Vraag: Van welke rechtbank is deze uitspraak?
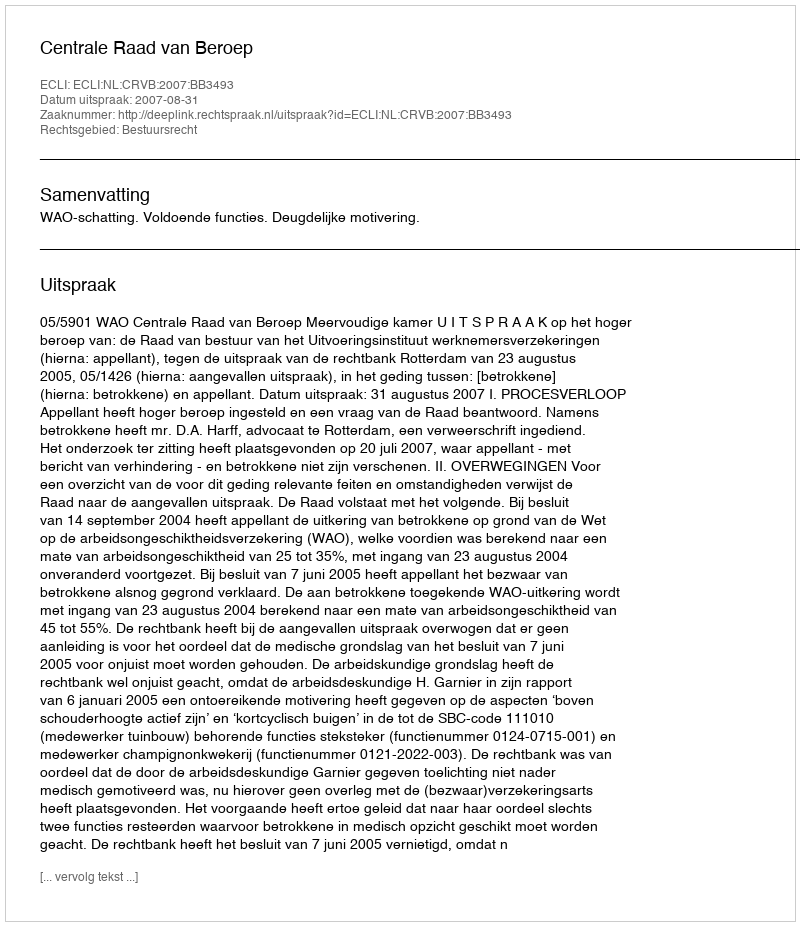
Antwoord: Centrale Raad van Beroep